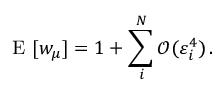
\mathrm { ~ E ~ } [ w _ { \mu } ] = 1 + \sum _ { i } ^ { N } \mathcal { O } ( \varepsilon _ { i } ^ { 4 } ) \, .